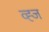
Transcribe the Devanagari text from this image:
व्ह्ज